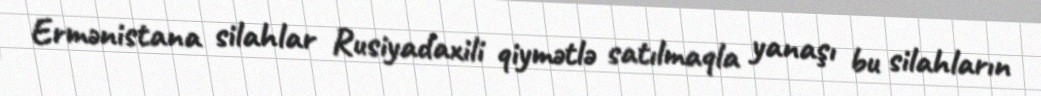
Ermənistana silahlar Rusiyadaxili qiymətlə satılmaqla yanaşı bu silahların